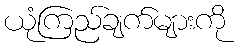
ယုံကြည်ချက်များကို